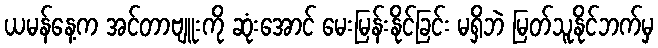
ယမန်နေ့က အင်တာဗျူးကို ဆုံးအောင် မေးမြန်းနိုင်ခြင်း မရှိဘဲ မြတ်သူနိုင်ဘက်မှ